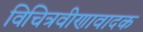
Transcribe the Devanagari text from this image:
विचित्रवीणावादक